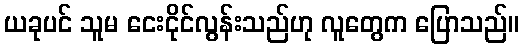
ယခုပင် သူမ ငေးငိုင်လွန်းသည်ဟု လူတွေက ပြောသည်။